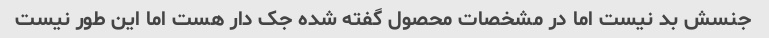
جنسش بد نیست اما در مشخصات محصول گفته شده جک دار هست اما این طور نیست